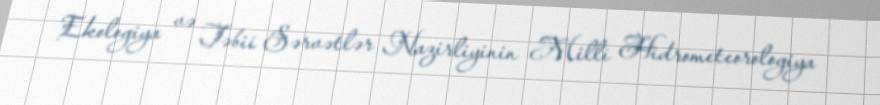
Ekologiya və Təbii Sərvətlər Nazirliyinin Milli Hidrometeorologiya